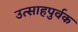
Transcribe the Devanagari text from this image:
उत्साहपुर्वक